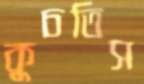
কুচতিস